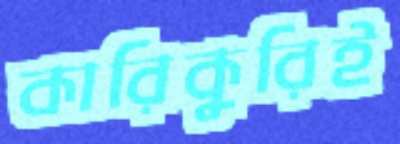
কারিকুরিই